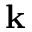
\mathbf { k }